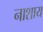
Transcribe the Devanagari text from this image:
नाशाय